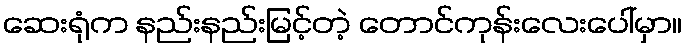
ဆေးရုံက နည်းနည်းမြင့်တဲ့ တောင်ကုန်းလေးပေါ်မှာ။